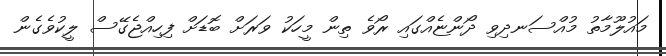
މައުލޫމާތު މުއްސަނދިވި ދޯންޏެއްގައި ރޯވެ ތިން މީހަކު ވަރަށް ބޮޑަށް ފިހިއްޖެގޭސް ލީކުވެގެން